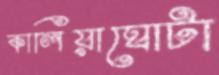
কালিয়াঘোটা